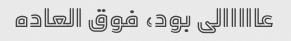
عااااالی بود، فوق العاده